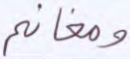
ومغانم